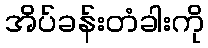
အိပ်ခန်းတံခါးကို